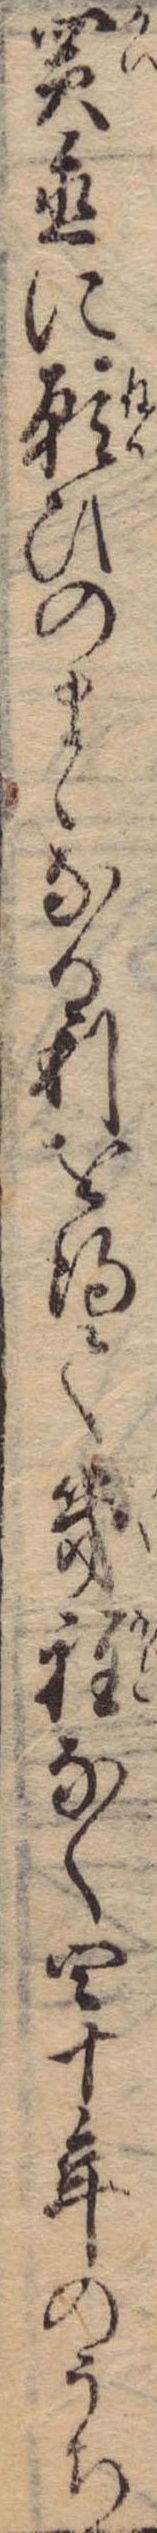
買置に願ひのまゝなる利を得て幾程なく四十年のうち